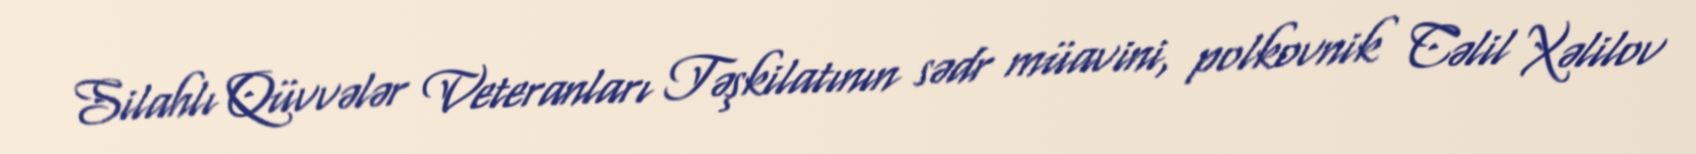
Silahlı Qüvvələr Veteranları Təşkilatının sədr müavini, polkovnik Cəlil Xəlilov